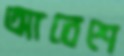
আবেশে